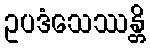
ဥပဒံသေဿန္တိ